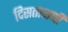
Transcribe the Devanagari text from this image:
दिसताक्षणी